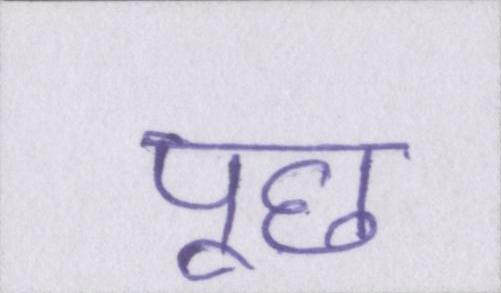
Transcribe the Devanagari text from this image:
पूछ